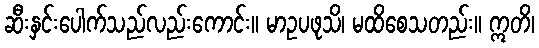
ဆီးနှင်းပေါက်သည်လည်းကောင်း။ မာဥပဖုသိ၊ မထိစေသတည်း။ ဣတိ၊